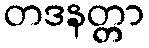
တဒနတ္တာ